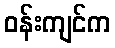
ဝန်းကျင်က